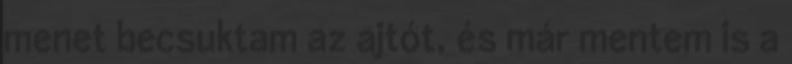
menet becsuktam az ajtót, és már mentem is a